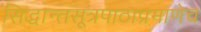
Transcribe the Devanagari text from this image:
सिद्धान्तसूत्रपाठाप्रमाणेच